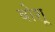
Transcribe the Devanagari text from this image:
बोशू